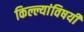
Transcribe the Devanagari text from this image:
किल्ल्यांविषयी